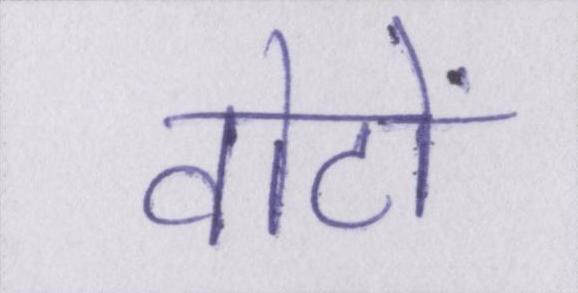
वोटों